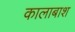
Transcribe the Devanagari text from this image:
कालाबाश